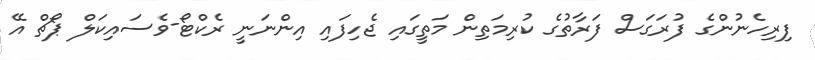
ފިރިހެނުންގެ ފުރަގަސް ފަރާތުގެ ކުރިމަތިން މަތީގައި ޖެހިފައި އިންނަނީ ރެކްޓޯ-ވެސައިކަލް ޕޯޗް އޭ